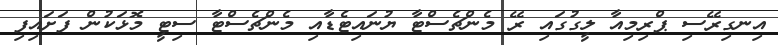
އިނގިރޭސި ޕްރިމިއާ ލީގުގައި ރޭ މެންޗެސްޓާ ޔުނައިޓެޑާއި މެންޗެސްޓާ ސިޓީ މޮޅަކުން ފަށައިފި